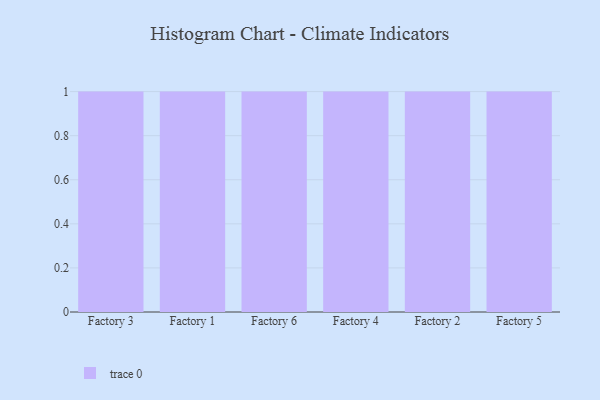
{"axis": {"x": "Factory", "y": "Latency (ms)"}, "legend": [""], "data": [{"x": "Factory 3", "y": 30, "type": ""}, {"x": "Factory 1", "y": 69, "type": ""}, {"x": "Factory 6", "y": 7, "type": ""}, {"x": "Factory 4", "y": 50, "type": ""}, {"x": "Factory 2", "y": 69, "type": ""}, {"x": "Factory 5", "y": 68, "type": ""}]}